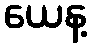
ယေန့